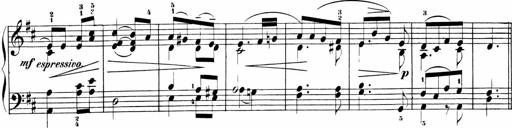
Title: Sonatinas
Composer: Andrew Violette